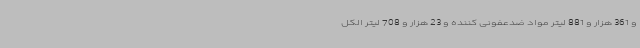
و 361 هزار و 881 لیتر مواد ضدعفونی کننده و 23 هزار و 708 لیتر الکل